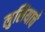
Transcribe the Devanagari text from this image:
लुसियाचे